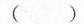
()